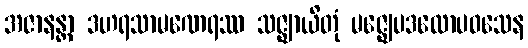
အဇာနန္တာ ဒဟရသာမဏေရဿ သဇ္ဈာယိတုံ မဇ္ဈေပဒလောပဝသေန